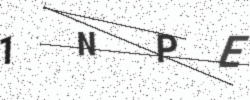
Text: 1NPE